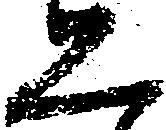
恐